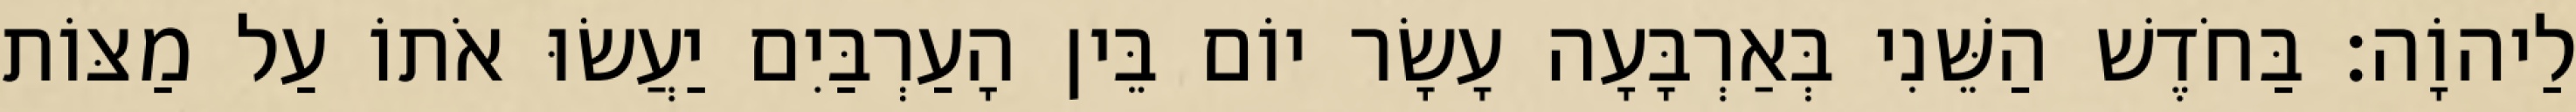
לַיהוָֹה׃ בַּחֹדֶשׁ הַשֵּׁנִי בְּאַרְבָּעָה עָשָׂר יוֹם בֵּין הָעַרְבַּיִם יַעֲשׂוּ אֹתוֹ עַל מַצּוֹת